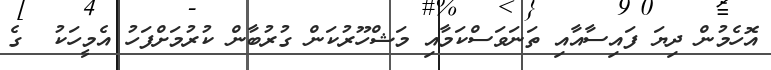
އޮހެމުން ދިޔަ ފައިސާއާއި ތަނަވަސްކަމާއި މަޝްހޫރުކަން ގުރުބާން ކުރުމަށްފަހު އެމީހަކު  ގެ